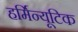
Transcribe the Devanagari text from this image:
हर्मिन्यूटिक